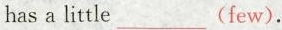
has a little___(few).